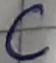
Text: C